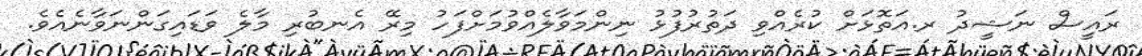
ރައީސް ނަޝީދު ރ.އަތޮޅަށް ކުރެއްވި ދަތުރުފުޅު ނިންމަވާލެއްވުމަށްފަހު މިރޭ އެނބުރި މާލެ ވަޑައިގަންނަވާނެއެވެ.